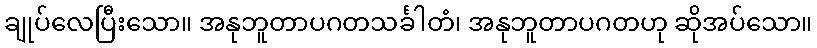
ချုပ်လေပြီးသော။ အနုဘူတာပဂတသင်္ခါတံ၊ အနုဘူတာပဂတဟု ဆိုအပ်သော။